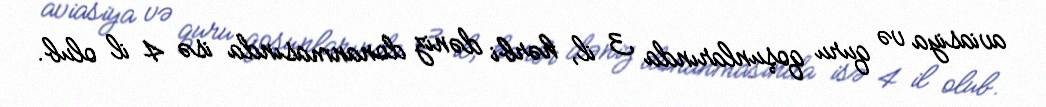
aviasiya və quru qoşunlarında 3 il, hərbi dəniz donanmasında isə 4 il olub.